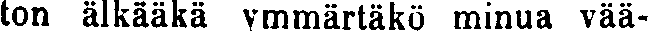
ton älkääkä ymmärtäkö minua vää-